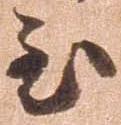
至